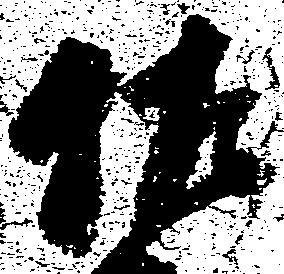
佐